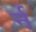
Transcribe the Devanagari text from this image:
र्न